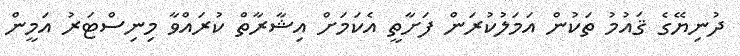
ދުނިޔޭގެ ޤައުމު ތަކުން އަމަލުކުރަން ފަށާތީ އެކަމަށް އިޝާރާތް ކުރައްވާ މިނިސްޓަރު އަމީން